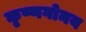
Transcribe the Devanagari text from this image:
कृष्णगोमय